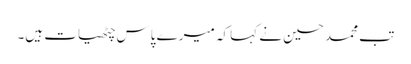
تب محمد حسین نے کہا کہ میرے پاس چٹھیات ہیں۔